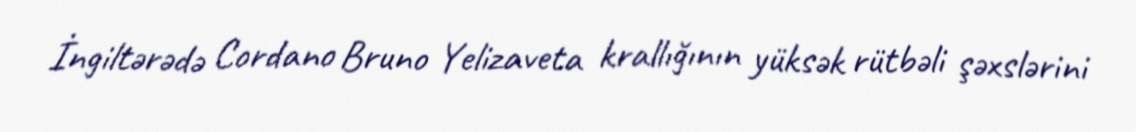
İngiltərədə Cordano Bruno Yelizaveta krallığının yüksək rütbəli şəxslərini